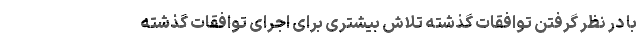
با در نظر گرفتن توافقات گذشته تلاش بیشتری برای اجرای توافقات گذشته